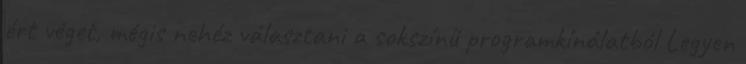
ért véget, mégis nehéz választani a sokszínű programkínálatból Legyen